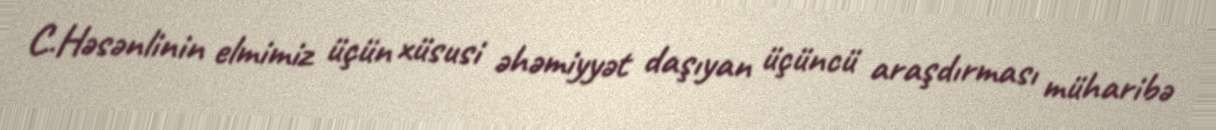
C.Həsənlinin elmimiz üçün xüsusi əhəmiyyət daşıyan üçüncü araşdırması müharibə